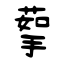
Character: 蒘